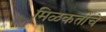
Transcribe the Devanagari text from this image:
मिळकतीचे